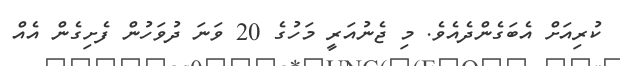
ކުރިއަށް އެބަގެންދެއެވެ. މި ޖެނުއަރީ މަހުގެ 20 ވަނަ ދުވަހުން ފެށިގެން އެއް